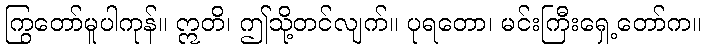
ကြွတော်မူပါကုန်။ ဣတိ၊ ဤသို့တင်လျက်။ ပုရတော၊ မင်းကြီးရှေ့တော်က။